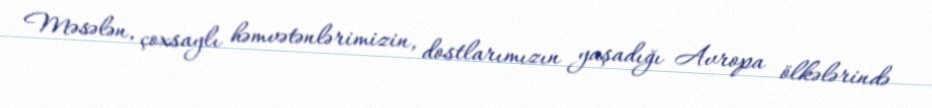
Məsələn, çoxsaylı həmvətənlərimizin, dostlarımızın yaşadığı Avropa ölkələrində